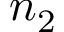
n _ { 2 }